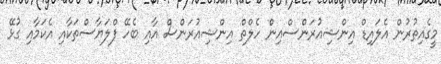
މީގެއިތުރުން އެލައިޑް އިންޝިއުރަންސްއިން ހެލްތް އިންޝިއުރަންސް އާއި ބެހޭ ފްލަޔާސްތަކާއި އެކަމާއި ގުޅޭ